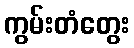
ကွမ်းတံတွေး